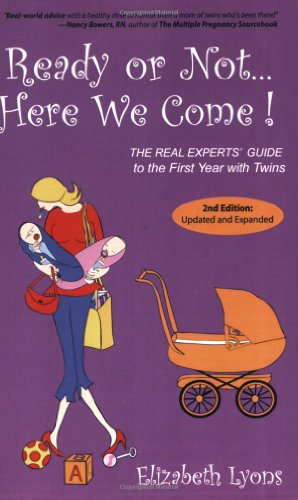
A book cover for Ready or Not Here We Come!: The Real Experts' Guide to the First Year With Twins; Elizabeth Lyons; Parenting & Relationships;